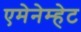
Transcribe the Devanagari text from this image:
एमेनेम्हेट